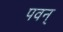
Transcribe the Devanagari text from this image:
पवन्